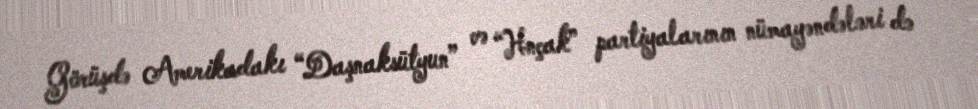
Görüşdə Amerikadakı “Daşnaksütyun” və “Hnçak” partiyalarının nümayəndələri də